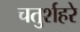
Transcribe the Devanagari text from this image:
चतुर्शहरे